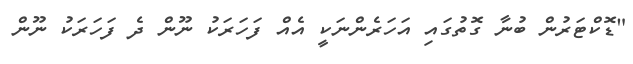
"ޑޮކްޓަރުން ބުނާ ގޮތުގައި އަހަރެންނަކީ އެއް ފަހަރަކު ނޫން ދެ ފަހަރަކު ނޫން